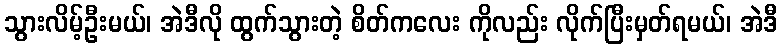
သွားလိမ့်ဦးမယ်၊ အဲဒီလို ထွက်သွားတဲ့ စိတ်ကလေး ကိုလည်း လိုက်ပြီးမှတ်ရမယ်၊ အဲဒီ